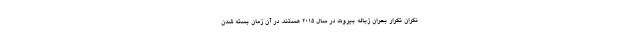
نگران تکرار بحران زباله بیروت در سال 2015 هستند. در آن زمان بسته شدن